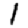
Digit: 1